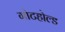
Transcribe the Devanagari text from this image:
गोटहोल्ड